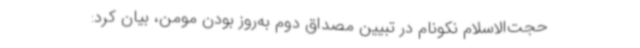
حجت‌الاسلام نکونام در تبیین مصداق دوم به‌روز بودن مومن، بیان کرد: